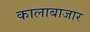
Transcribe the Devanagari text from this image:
कालाबाजार